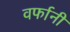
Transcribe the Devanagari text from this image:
वर्फानी